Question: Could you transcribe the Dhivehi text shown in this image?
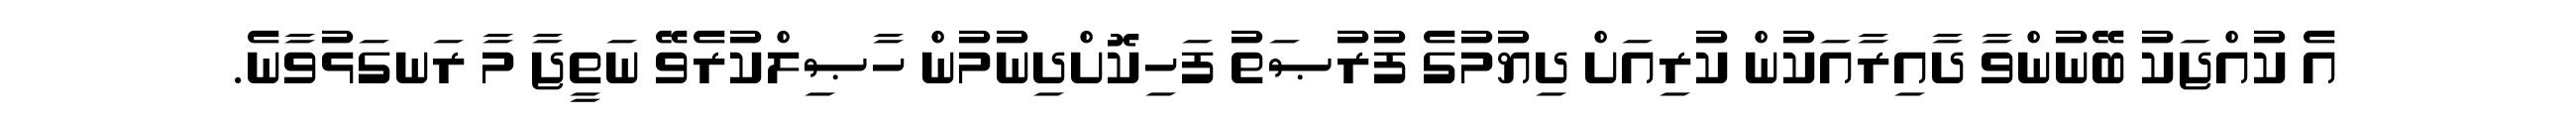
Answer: އެ ކުއްޖަކު ބޭނުންވާ ދާއިރާއަކުން ކުރިއަށް ދިޔުމުގެ ފުރުޞަތު ފަހިކޮށްދިނުމުން ހާޞިލްކުރެވޭ ނަތީޖާ މާ ރަނގަޅުވާނެ.